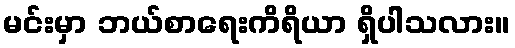
မင်းမှာ ဘယ်စာရေးကိရိယာ ရှိပါသလား။